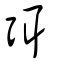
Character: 弭